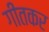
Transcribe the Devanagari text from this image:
गीतकर